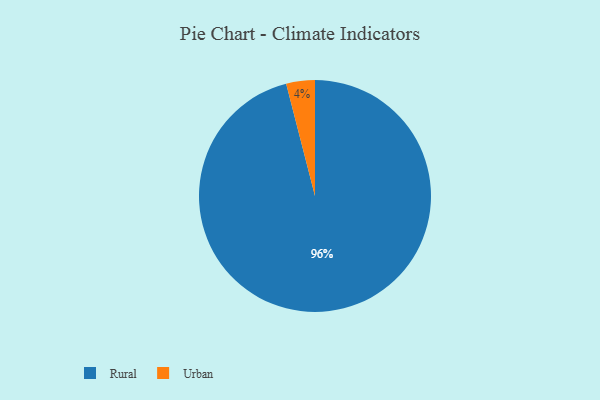
{"axis": {"x": "Category", "y": "Percentage"}, "legend": ["Rural", "Urban"], "data": [{"x": "Rural", "y": 96, "type": "Rural"}, {"x": "Urban", "y": 4, "type": "Urban"}]}